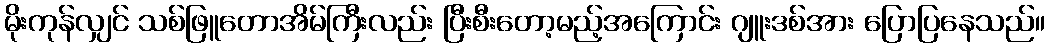
မိုးကုန်လျှင် သစ်ဖြူတောအိမ်ကြီးလည်း ပြီးစီးတော့မည့်အကြောင်း ဂျူးဒစ်အား ပြောပြနေသည်။